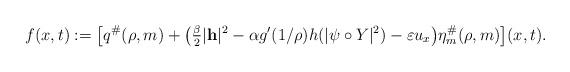
LaTeX: \begin{align*}f(x,t):=\big[ q^\#(\rho,m) +\big(\tfrac{\beta}{2}|\mathbf{h}|^2-\alpha g'(1/\rho)h(|\psi\circ Y|^2) -\varepsilon u_x \big)\eta_m^\#(\rho,m) \big](x,t).\end{align*}